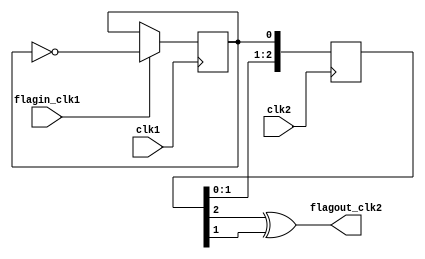
`timescale 1ns / 1ns
module flag_xdomain(
	input clk1,
	input flagin_clk1,
	input clk2,
	output flagout_clk2
);

reg flagtoggle_clk1=0;
reg [2:0] sync1_clk2=0;
always @(posedge clk1) if (flagin_clk1)
	flagtoggle_clk1 <= ~flagtoggle_clk1;
always @(posedge clk2) sync1_clk2 <= {sync1_clk2[1:0],flagtoggle_clk1};

assign flagout_clk2 = sync1_clk2[2]^sync1_clk2[1];
endmodule